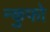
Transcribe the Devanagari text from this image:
न्कुफो